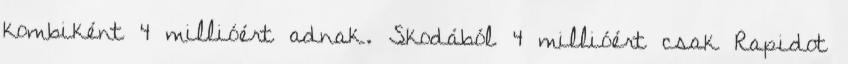
kombiként 4 millióért adnak. Skodából 4 millióért csak Rapidot